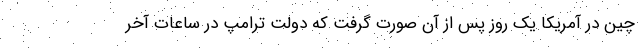
چین در آمریکا یک روز پس از آن صورت گرفت که دولت ترامپ در ساعات آخر